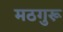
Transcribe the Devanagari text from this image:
मठगुरू